Insane asylums in Bengal annual reports 1867-1875 - 1867-1875
Year: 1867
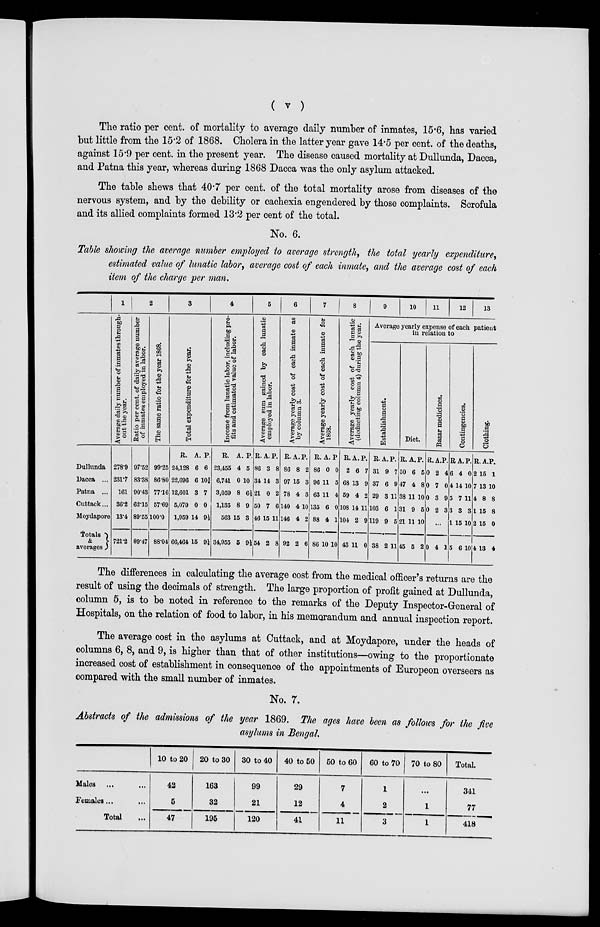
( v )
The ratio per cent. of mortality to average daily number of inmates, 15.6, has varied
but little from the 15.2 of 1868. Cholera in the latter year gave 14.5 per cent. of the deaths,
against 15.9 per cent. in the present year. The disease caused mortality at Dullunda, Dacca,
and Patna this year, whereas during 1868 Dacca was the only asylum attacked.
The table shews that 40.7 per cent. of the total mortality arose from diseases of the
nervous system, and by the debility or cachexia engendered by those complaints. Scrofula
and its allied complaints formed 13.2 per cent of the total.
No. 6.
Table showing the average number employed to average strength, the total yearly expenditure,
estimated value of lunatic labor, average cost of each inmate, and the average cost of each
item of the charge per man.
Dullunda
Dacca ...
Patna ...
Cuttack...
Moydapore
Totals
&
averages
1
Average daily number of inmates through-
out the year.
278.9
231.7
161
36.2
13.4
721.2
2
Ratio per cent. of daily average number
of inmates employed in labor.
97.52
83.38
90.43
62.15
89.55
89.47
The same ratio for the year 1868.
99.25
86.80
77.16
57.69
100.0
88.04
3
Total expenditure for the year.
R.
24,128
22,696
12,601
5,079
1,959
66,464
A.
6
6
3
0
14
15
P.
6
10¾
7
0
9½
9¼
4
Income from lunatic labor, including pro-
fits and estimated value of labor.
R.
23,455
6,741
3,059
1,135
563
34,955
A.
4
0
8
8
15
5
P.
5
10
6½
9
3
9½
5
Average sum gained by each lunatic
employed in labor.
R.
86
34
21
50
46
54
A.
3
14
0
7
15
2
P.
8
3
2
6
11
8
6
Average yearly cost of each inmate as
by column 3.
R.
86
97
78
140
146
92
A.
8
15
4
4
4
2
P.
2
3
3
10
2
6
7
Average yearly cost of each inmate for
1868.
R.
86
96
63
135
88
86
A.
0
11
11
6
4
10
P.
0
5
4
0
1
10
8
Average yearly cost of each lunatic
(deducting column 4) during the year.
R.
2
68
59
108
104
43
A.
6
13
4
14
2
11
P.
7
9
2
11
9
0
9
10
11
12
13
Average yearly expense of each patient in realation to
Establishment.
R.
31
37
29
103
119
38
A.
9
6
3
6
9
2
P.
7
9
11
1
5
11
Diet.
R.
50
47
38
31
21
45
A.
6
4
11
9
11
5
P.
5
8
10
5
10
2
Bazar medicines.
R.
0
0
0
0
A.
2
7
3
2
P.
4
0
9
3
...
0 4 1
Contingencies.
R
6
4
5
3
1
5
A.
4
14
7
3
15
6
P.
0
10
11
3
10
10
Clothing.
R.
2
7
4
1
2
4
A.
15
13
8
15
15
13
P.
1
10
8
8
0
4
The differences in calculating the average cost from the medical officer's returns are the
result of using the decimals of strength. The large proportion of profit gained at Dullunda,
column 5, is to be noted in reference to the remarks of the Deputy Inspector-General of
Hospitals, on the relation of food to labor, in his memorandum and annual inspection report.
The average cost in the asylums at Cuttack, and at Moydapore, under the heads of
columns 6, 8, and 9, is higher than that of other institutions—owing to the proportionate
increased cost of establishment in consequence of the appointments of Europeon overseers as
compared with the small number of inmates.
No. 7.
Abstracts of the admissions of the year 1869. The ages have been as follows for the five
asylums in Bengal.
Males ... ...
Females... ...
Total ...
10 to 20
42
5
47
20 to 30
163
32
195
30 to 40
99
21
120
40 to 50
29
12
41
50 to 60
7
4
11
60 to 70
1
2
3
70 to 80
...
1
1
Total.
341
77
418